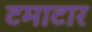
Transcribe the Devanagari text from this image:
टमाटार